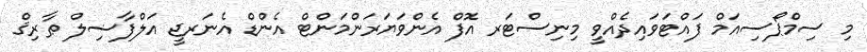
މި ސިމްޕޯސިއަމް ފައްޓަވައިދެއްވީ މިނިސްޓަރ އޮފް އެންވަޔަރަންމަންޓް އެންޑް އެނަރޖީ އަލްފާޟިލް ޠާރިޤް